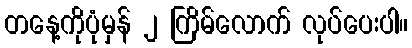
တနေ့ကိုပုံမှန် ၂ ကြိမ်လောက် လုပ်ပေးပါ။